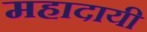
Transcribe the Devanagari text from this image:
महादायी